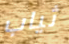
ثياب